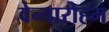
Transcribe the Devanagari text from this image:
वेन्वारोहम